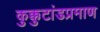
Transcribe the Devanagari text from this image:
कुक्कुटांडप्रमाण